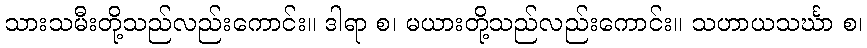
သားသမီးတို့သည်လည်းကောင်း။ ဒါရာ စ၊ မယားတို့သည်လည်းကောင်း။ သဟာယသင်္ဃာ စ၊